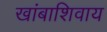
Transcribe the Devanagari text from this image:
खांबाशिवाय